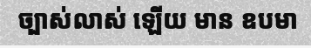
ច្បាស់លាស់ ឡើយ មាន ឧបមា